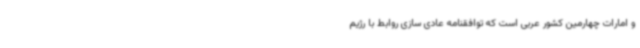
و امارات چهارمین کشور عربی است که توافقنامه عادی سازی روابط با رژیم